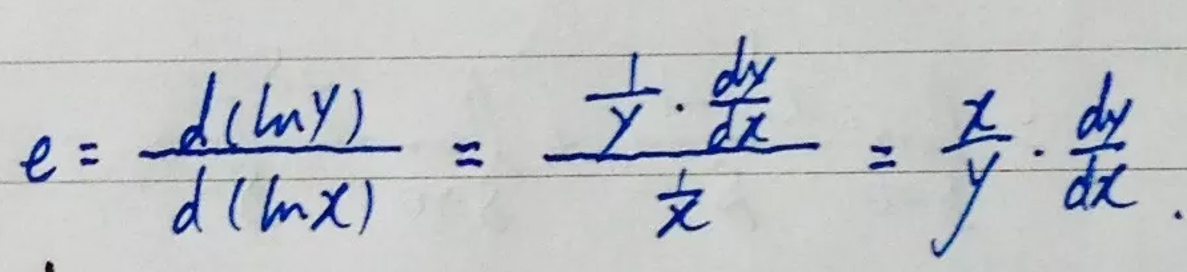
\[
e = \frac{d(\ln y)}{d(\ln x)} = \frac{\frac{1}{y} \cdot \frac{dy}{dx}}{\frac{1}{x}} = \frac{x}{y} \cdot \frac{dy}{dx}
\]